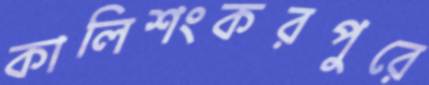
কালিশংকরপুরে